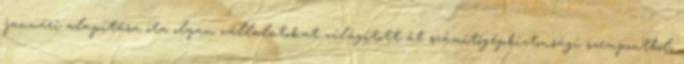
januári alapítása óta olyan vállalatokat világított át számítógépbiztonsági szempontból,